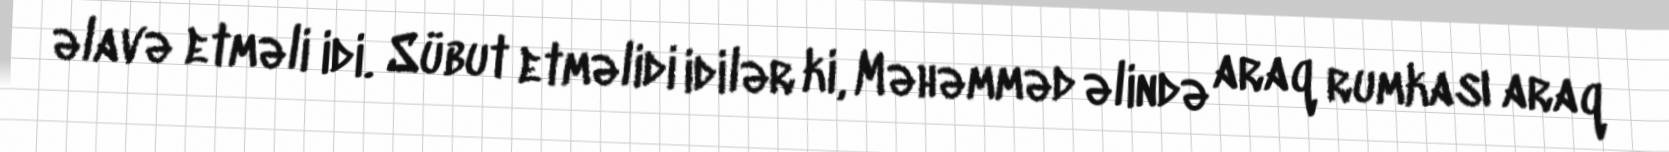
əlavə etməli idi. Sübut etməlidi idilər ki, Məhəmməd əlində araq rumkası araq